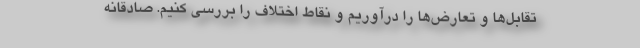
تقابل‌ها و تعارض‌ها را درآوریم و نقاط اختلاف را بررسی کنیم. صادقانه